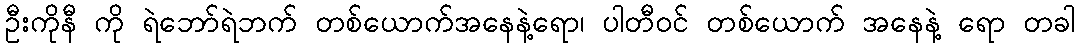
ဦးကိုနီ ကို ရဲဘော်ရဲဘက် တစ်ယောက်အနေနဲ့ရော၊ ပါတီဝင် တစ်ယောက် အနေနဲ့ ရော တခါ